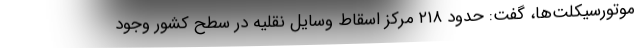
موتورسیکلت‌ها، گفت: حدود ۲۱۸ مرکز اسقاط وسایل نقلیه در سطح کشور وجود